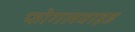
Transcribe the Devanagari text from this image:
फोगलवाइड